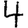
Digit: 4